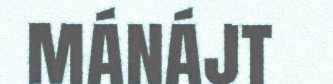
mánájt